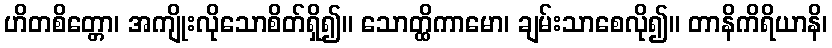
ဟိတစိတ္တော၊ အကျိုးလိုသောစိတ်ရှိ၍။ သောတ္ထိကာမော၊ ချမ်းသာစေလို၍။ တာနိကိရိယာနိ၊